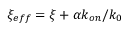
\xi _ { e f f } = \xi + \alpha k _ { o n } / k _ { 0 }